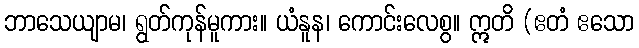
ဘာသေယျာမ၊ ရွတ်ကုန်မူကား။ ယံနူန၊ ကောင်းလေစွ။ ဣတိ (ဧတံ ဧသော